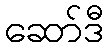
ဆော်ဒီ